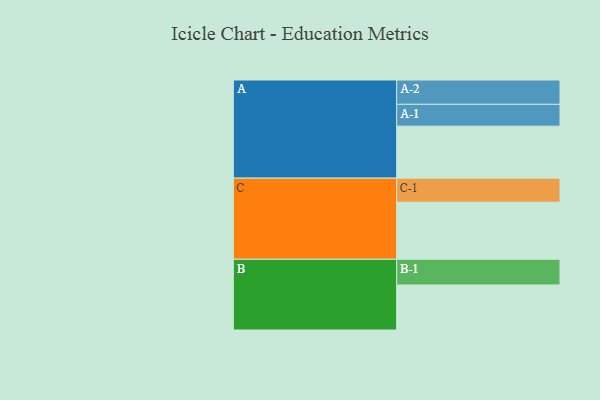
{"axis": {"x": "Segment", "y": "Value"}, "legend": ["", "A", "B", "C"], "data": [{"x": "A", "y": 387, "type": ""}, {"x": "B", "y": 335, "type": ""}, {"x": "C", "y": 424, "type": ""}, {"x": "A-1", "y": 162, "type": "A"}, {"x": "A-2", "y": 181, "type": "A"}, {"x": "B-1", "y": 191, "type": "B"}, {"x": "C-1", "y": 179, "type": "C"}]}